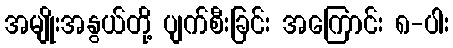
အမျိုးအနွယ်တို့ ပျက်စီးခြင်း အကြောင်း ၈-ပါး